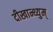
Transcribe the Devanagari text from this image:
दीखान्थ्युम्